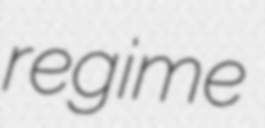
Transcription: regime